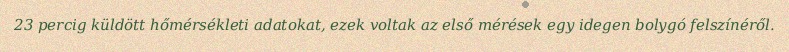
23 percig küldött hőmérsékleti adatokat, ezek voltak az első mérések egy idegen bolygó felszínéről.